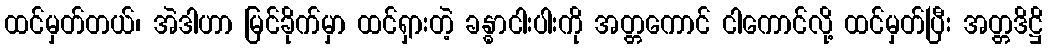
ထင်မှတ်တယ်၊ အဲဒါဟာ မြင်ခိုက်မှာ ထင်ရှားတဲ့ ခန္ဓာငါးပါးကို အတ္တကောင် ငါကောင်လို့ ထင်မှတ်ပြီး အတ္တဒိဋ္ဌိ